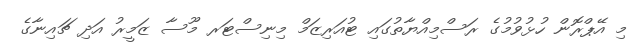
މި އޭޕްރޮން ހުޅުވުމުގެ ރަސްމިއްޔާތުގައި ޓުއަރިޒަމް މިނިސްޓަރ މޫސާ ޒަމީރު އަދި ޗައިނާގެ